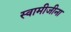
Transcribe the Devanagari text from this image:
स्वामीजीना